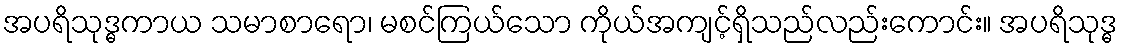
အပရိသုဒ္ဓကာယ သမာစာရော၊ မစင်ကြယ်သော ကိုယ်အကျင့်ရှိသည်လည်းကောင်း။ အပရိသုဒ္ဓ